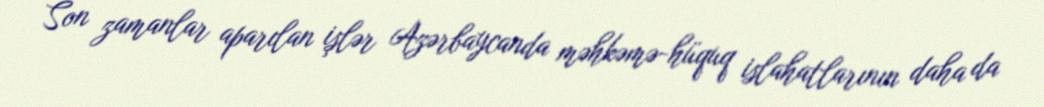
Son zamanlar aparılan işlər Azərbaycanda məhkəmə-hüquq islahatlarının daha da